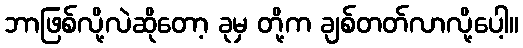
ဘာဖြစ်လို့လဲဆိုတော့ ခုမှ တို့က ချစ်တတ်လာလို့ပေါ့။